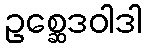
ဥစ္ဆေဒဝါဒါ